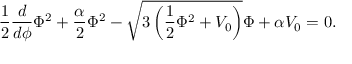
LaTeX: { \frac { 1 } { 2 } \frac { d } { d \phi } \Phi ^ { 2 } + \frac { \alpha } { 2 } \Phi ^ { 2 } - \sqrt { 3 \left( \frac { 1 } { 2 } \Phi ^ { 2 } + V _ { 0 } \right) } \Phi + \alpha V _ { 0 } = 0 . }